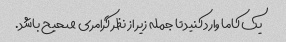
یک کاما وارد کنید تا جمله زیر از نظر گرامری صحیح باشد.